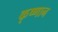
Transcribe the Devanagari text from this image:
कृष्णान